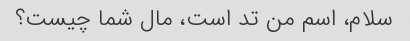
سلام، اسم من تد است، مال شما چیست؟